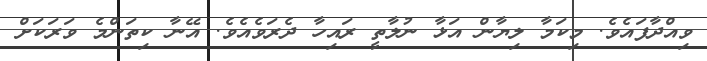
ވިއްދާފައެވެ. މިކަމާ ލިޔާން އަޅާ ނުލާތީ ރައިހާ ދެރަވެއެވެ. އޭނާ ކިތަންމެ ވަރަކަށް